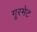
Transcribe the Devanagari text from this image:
गूरमेट